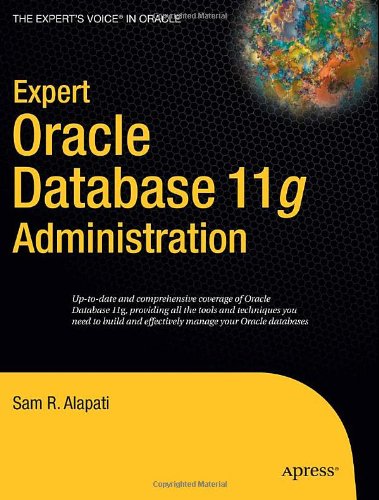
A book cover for Expert Oracle Database 11g Administration (Expert's Voice in Oracle); Sam Alapati; Computers & Technology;